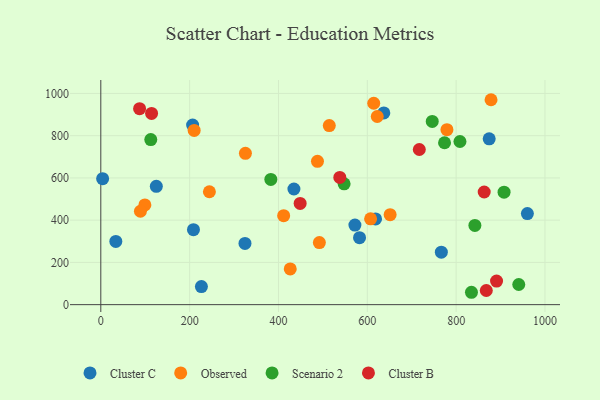
{"axis": {"x": "Ad Spend", "y": "Exam Score"}, "legend": ["Cluster B", "Cluster C", "Observed", "Scenario 2"], "data": [{"x": "434.8", "y": 547.7, "type": "Cluster C"}, {"x": "960.4", "y": 431.2, "type": "Cluster C"}, {"x": "874.4", "y": 785.1, "type": "Cluster C"}, {"x": "766.7", "y": 248.6, "type": "Cluster C"}, {"x": "4.1", "y": 596.6, "type": "Cluster C"}, {"x": "226.5", "y": 85.7, "type": "Cluster C"}, {"x": "572.1", "y": 376.8, "type": "Cluster C"}, {"x": "582.5", "y": 317.3, "type": "Cluster C"}, {"x": "324.6", "y": 289.7, "type": "Cluster C"}, {"x": "206.7", "y": 850.4, "type": "Cluster C"}, {"x": "618.6", "y": 405.9, "type": "Cluster C"}, {"x": "33.8", "y": 299.4, "type": "Cluster C"}, {"x": "208.6", "y": 355.2, "type": "Cluster C"}, {"x": "637.2", "y": 907.6, "type": "Cluster C"}, {"x": "125.0", "y": 560.4, "type": "Cluster C"}, {"x": "210.2", "y": 824.9, "type": "Observed"}, {"x": "99.2", "y": 472.2, "type": "Observed"}, {"x": "89.2", "y": 442.3, "type": "Observed"}, {"x": "514.4", "y": 848.1, "type": "Observed"}, {"x": "487.8", "y": 678.4, "type": "Observed"}, {"x": "607.4", "y": 406.4, "type": "Observed"}, {"x": "878.6", "y": 970.3, "type": "Observed"}, {"x": "244.5", "y": 534.6, "type": "Observed"}, {"x": "614.5", "y": 953.5, "type": "Observed"}, {"x": "651.4", "y": 426.2, "type": "Observed"}, {"x": "411.7", "y": 421.4, "type": "Observed"}, {"x": "325.6", "y": 716.4, "type": "Observed"}, {"x": "492.1", "y": 294.1, "type": "Observed"}, {"x": "426.5", "y": 169.1, "type": "Observed"}, {"x": "622.4", "y": 890.9, "type": "Observed"}, {"x": "779.3", "y": 828.3, "type": "Observed"}, {"x": "941.0", "y": 95.5, "type": "Scenario 2"}, {"x": "112.5", "y": 781.6, "type": "Scenario 2"}, {"x": "746.2", "y": 867.7, "type": "Scenario 2"}, {"x": "808.6", "y": 772.6, "type": "Scenario 2"}, {"x": "547.8", "y": 572.0, "type": "Scenario 2"}, {"x": "834.5", "y": 58.6, "type": "Scenario 2"}, {"x": "842.2", "y": 374.9, "type": "Scenario 2"}, {"x": "773.9", "y": 766.5, "type": "Scenario 2"}, {"x": "382.8", "y": 593.1, "type": "Scenario 2"}, {"x": "907.9", "y": 532.7, "type": "Scenario 2"}, {"x": "863.2", "y": 533.3, "type": "Cluster B"}, {"x": "867.9", "y": 66.9, "type": "Cluster B"}, {"x": "538.1", "y": 602.2, "type": "Cluster B"}, {"x": "891.0", "y": 111.8, "type": "Cluster B"}, {"x": "448.8", "y": 479.3, "type": "Cluster B"}, {"x": "114.3", "y": 905.4, "type": "Cluster B"}, {"x": "87.3", "y": 927.8, "type": "Cluster B"}, {"x": "717.1", "y": 734.7, "type": "Cluster B"}]}